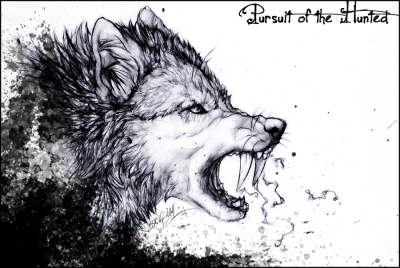
天行有常，不为尧存，不为桀亡。